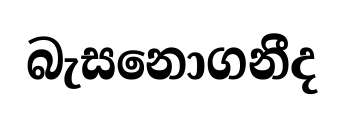
බැසනොගනීද